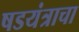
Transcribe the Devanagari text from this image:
षडयंत्राचा